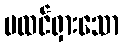
မထင်ရှားသော